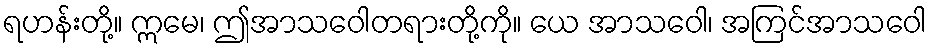
ရဟန်းတို့။ ဣမေ၊ ဤအာသဝေါတရားတို့ကို။ ယေ အာသဝေါ၊ အကြင်အာသဝေါ